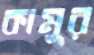
কামুর